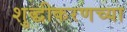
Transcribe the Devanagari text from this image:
शुद्धीकरणच्या